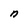
Character: n